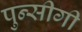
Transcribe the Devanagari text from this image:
पुन्सीगी